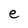
Character: e